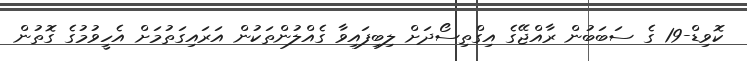
ކޮވިޑް-19 ގެ ސަބަބުން ރާއްޖޭގެ އިގްތިސޯދަށް ލިބިފައިވާ ގެއްލުންތަކުން އަރައިގަތުމަށް އެހީވުމުގެ ގޮތުން